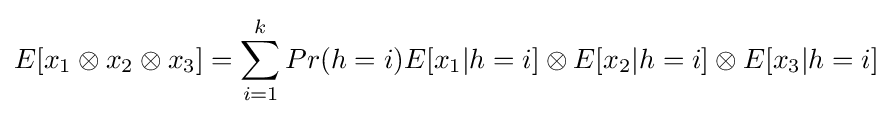
E[x_{1}\otimes x_{2}\otimes x_{3}]=\sum _{i=1}^{k}Pr(h=i)E[x_{1}|h=i]\otimes E[x_{2}|h=i]\otimes E[x_{3}|h=i]